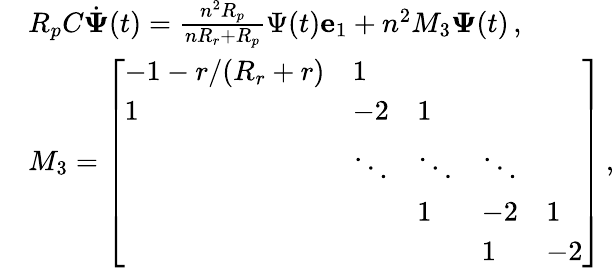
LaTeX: \begin{array}{rl}&{R_{p}C\dot{\boldsymbol{\Psi}}(t)=\frac{n^{2}R_{p}}{nR_{r}+R_{p}}\Psi(t)\mathbf{e}_{1}+n^{2}M_{3}\boldsymbol{\Psi}(t)\, ,}\\ &{M_{3}=\left[\begin{array}{lllll}{-1-r/(R_{r}+r)}&{1}&&&\\ {1}&{-2}&{1}&&\\ &{\ddots}&{\ddots}&{\ddots}&\\ &&{1}&{-2}&{1}\\ &&&{1}&{-2}\end{array}\right]\, ,}\end{array}